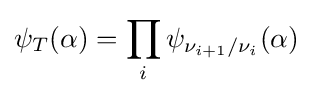
\psi _{T}(\alpha )=\prod _{i}\psi _{\nu _{i+1}/\nu _{i}}(\alpha )